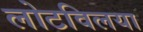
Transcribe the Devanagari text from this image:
लोटविलया